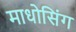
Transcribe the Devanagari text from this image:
माधोसिंग